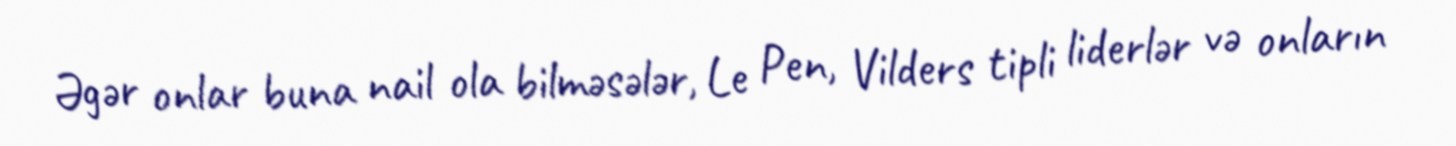
Əgər onlar buna nail ola bilməsələr, Le Pen, Vilders tipli liderlər və onların